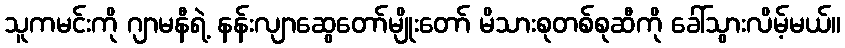
သူကမင်းကို ဂျာမနီရဲ့ နန်းလျာဆွေတော်မျိုးတော် မိသားစုတစ်စုဆီကို ခေါ်သွားလိမ့်မယ်။